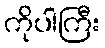
ကိုပါကြီး